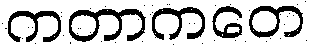
ကတာကတေ